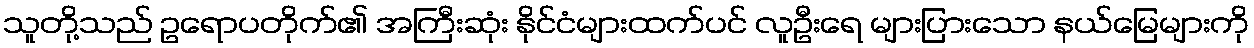
သူတို့သည် ဥရောပတိုက်၏ အကြီးဆုံး နိုင်ငံများထက်ပင် လူဦးရေ များပြားသော နယ်မြေများကို